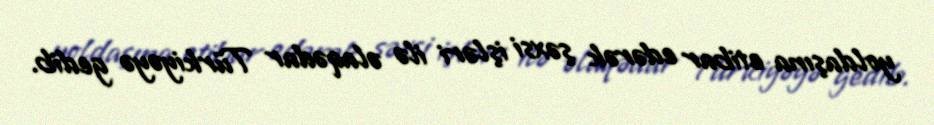
yoldaşına etibar edərək şəxsi işləri ilə əlaqədar Türkiyəyə gedib.